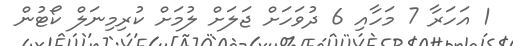
1 އަހަރާ 7 މަހާއި 6 ދުވަހަށް ޖަލަށް ލުމަށް ކުރިމިނަލް ކޯޓުން